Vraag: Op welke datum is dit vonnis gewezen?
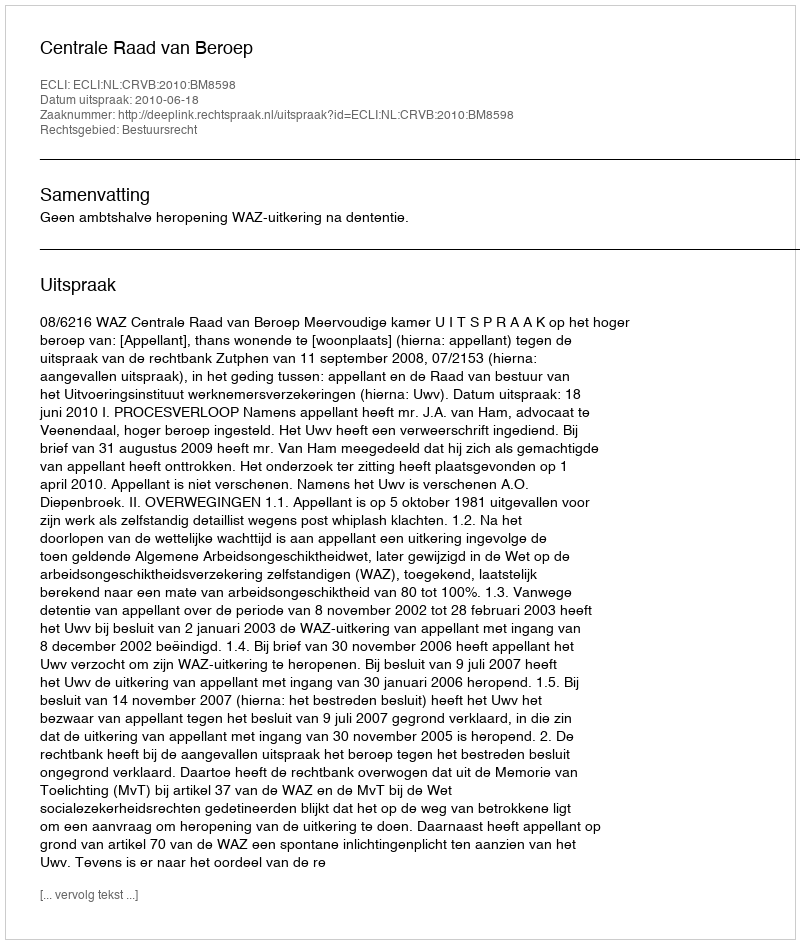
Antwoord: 2010-06-18